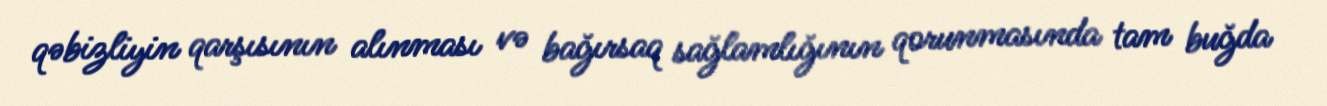
qəbizliyin qarşısının alınması və bağırsaq sağlamlığının qorunmasında tam buğda